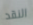
النقد